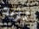
تريد